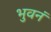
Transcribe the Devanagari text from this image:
भुवनं